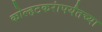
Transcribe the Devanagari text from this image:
कोल्हटकरांपर्यंतच्या